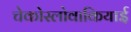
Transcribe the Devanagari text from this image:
चेकोस्लोवाकियाई